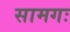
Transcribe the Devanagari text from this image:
सामगः